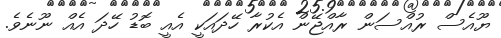
ޔޫއެސް ރުއްސަން ރާއްޖޭން އެކުރާ ހޭދައަކީ އެއީ ބޮޑު ހޭދަ އެއް ނޫނެވެ.